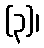
(၃)၊